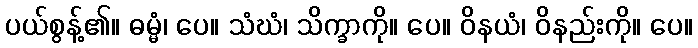
ပယ်စွန့်၏။ ဓမ္မံ၊ ပေ။ သံဃံ၊ သိက္ခာကို။ ပေ။ ဝိနယံ၊ ဝိနည်းကို။ ပေ။